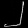
Digit: ၂